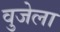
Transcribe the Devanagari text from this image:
वुजेला